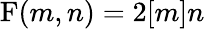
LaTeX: \operatorname{F}(m,n)=2[m]n